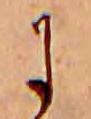
に